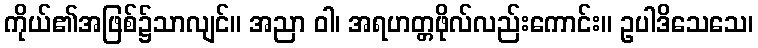
ကိုယ်၏အဖြစ်၌သာလျင်။ အညာ ဝါ၊ အရဟတ္တဖိုလ်လည်းကောင်း။ ဥပါဒိသေသေ၊